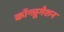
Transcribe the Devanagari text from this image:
कॉन्जूगेशन